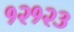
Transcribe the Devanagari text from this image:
१२१२३